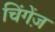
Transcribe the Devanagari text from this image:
चिंगेंज़